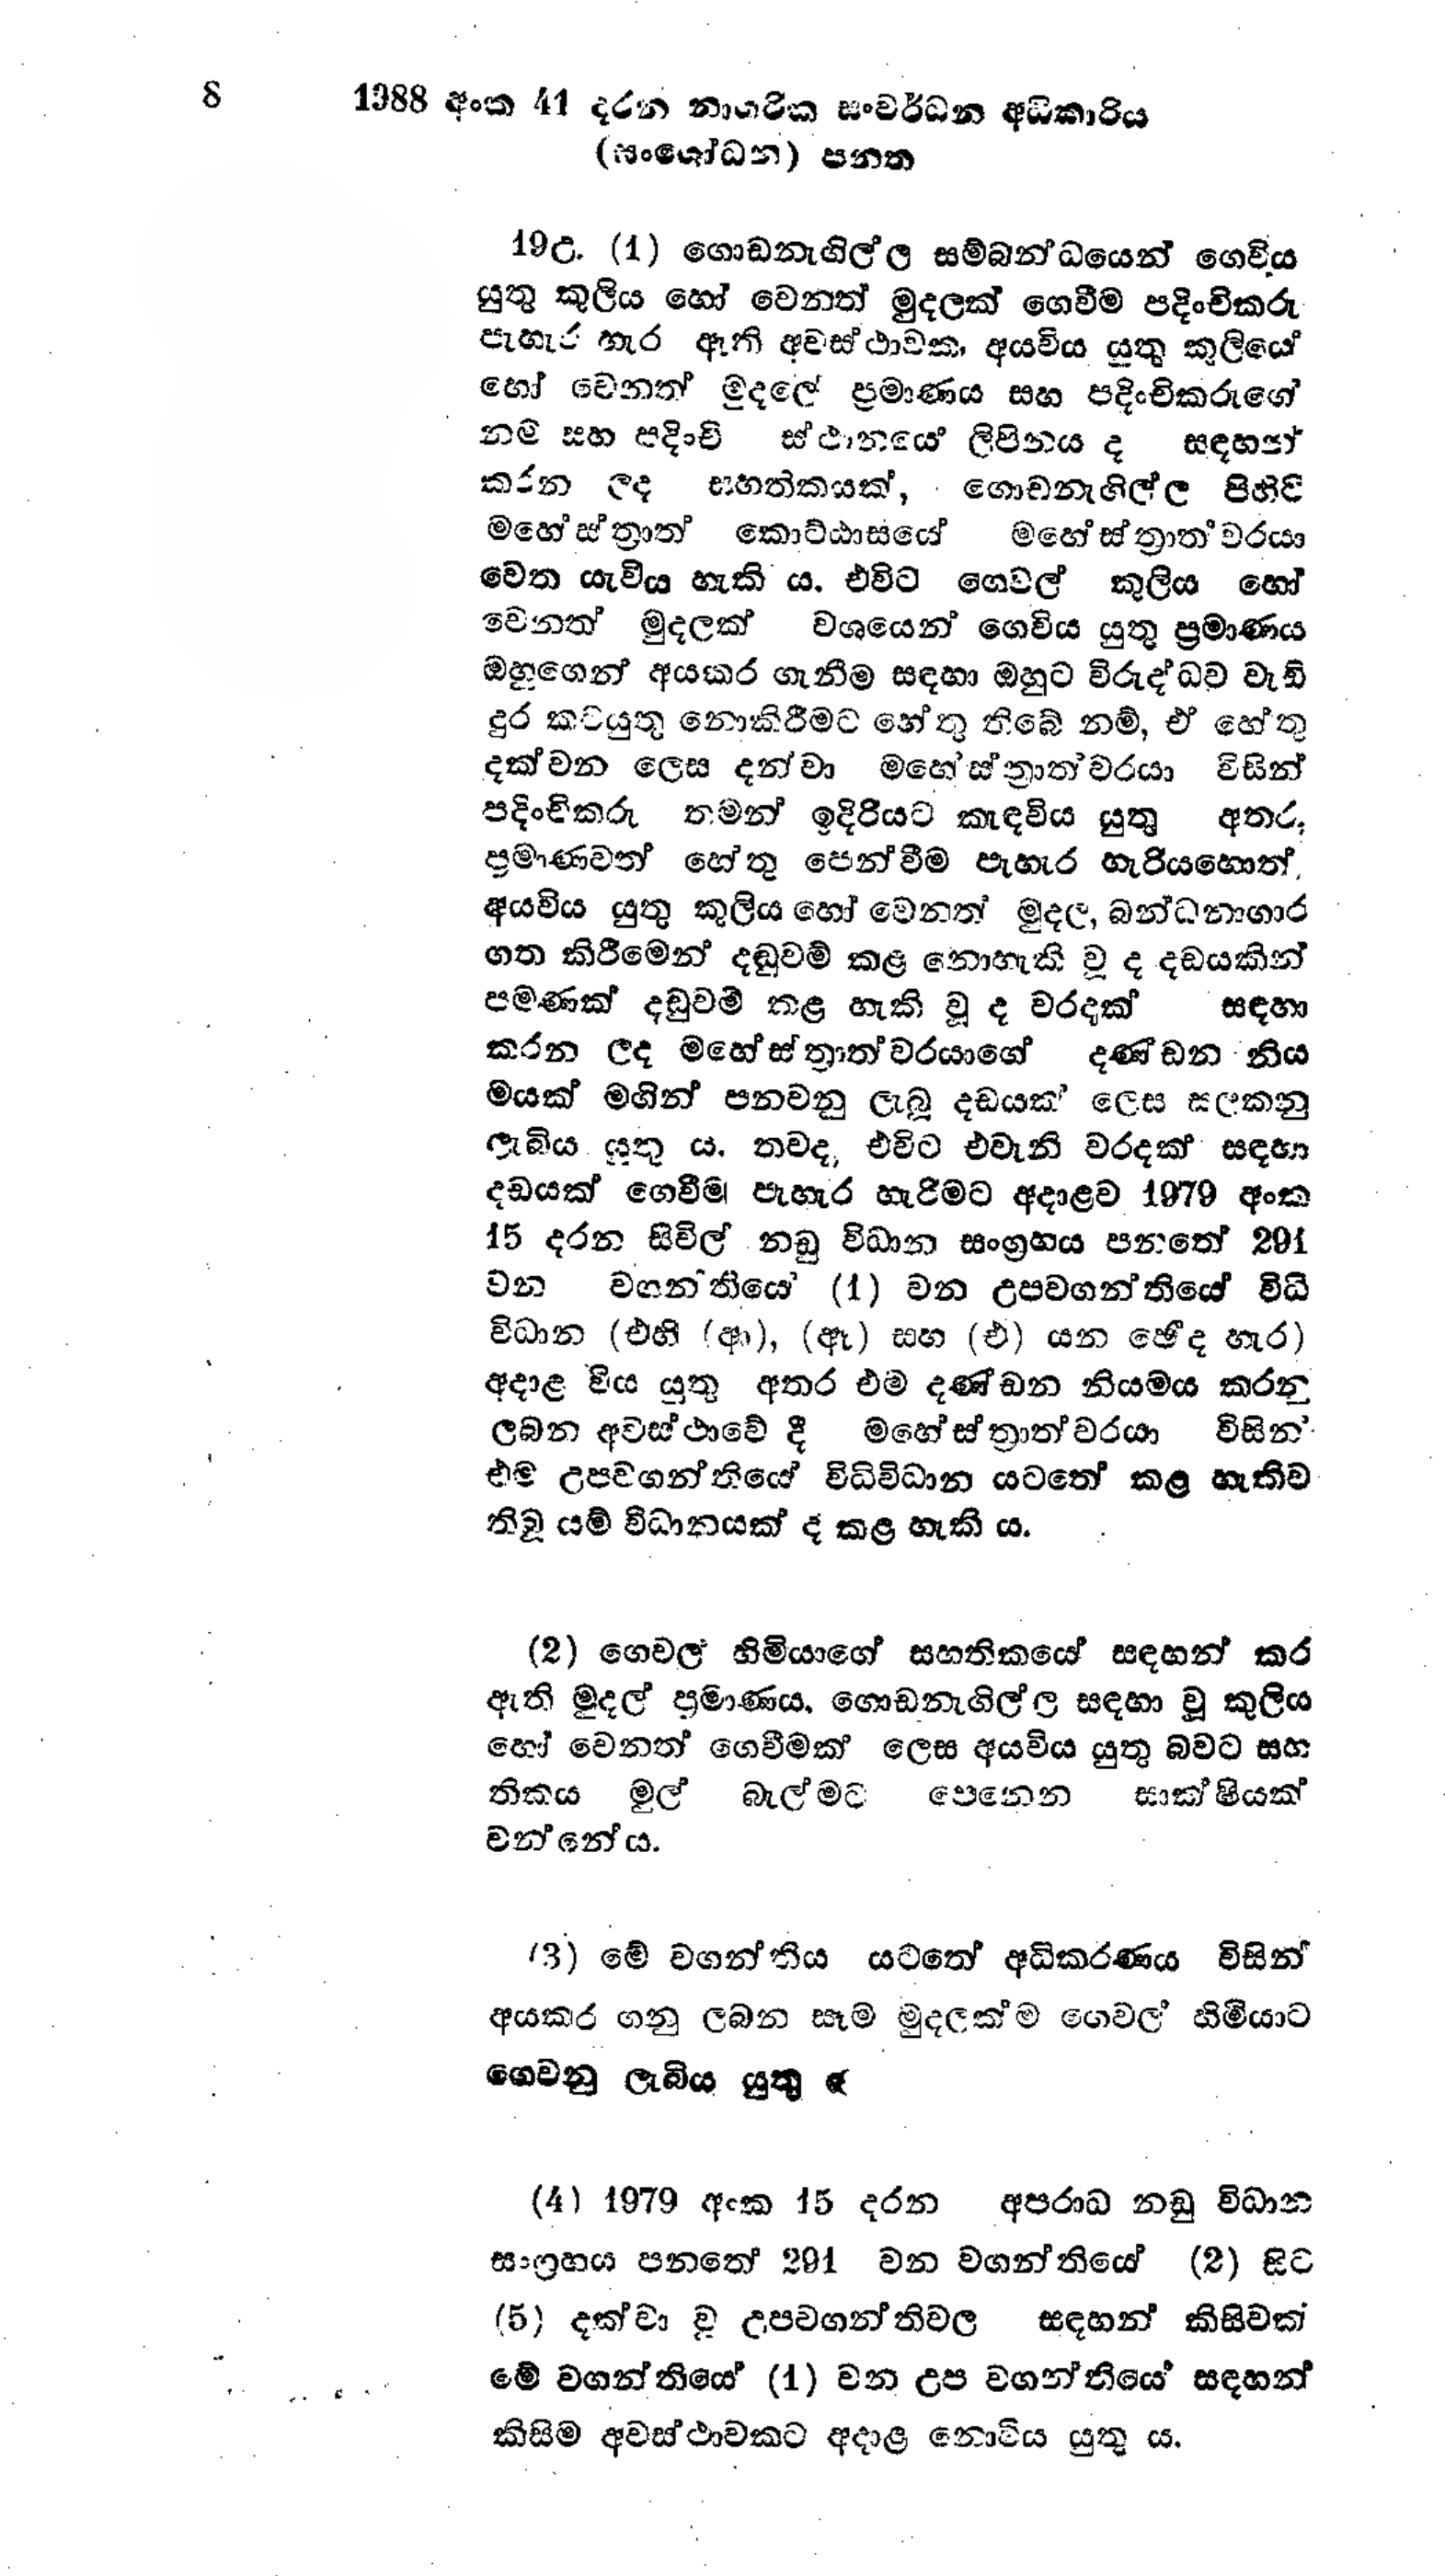
8 1988 අංක 41 දරන නාගරික සංවර්ධන අධිකාරිය
(සංශෝධන) පනත

19උ. (1) ගොඩනැගිල්ල සම්බන්ධයෙන් ගෙවිය
යුතු කුලිය හෝ වෙනත් මුදලක් ගෙවීම පදිංචිකරු
පැහැර හැර ඇති අවස්ථාවක, අයවිය යුතු කුලියේ
හෝ වෙනත් මුදලේ ප්‍රමාණය සහ පදිංචිකරුගේ
නම් සහ පදිංචි ස්ථානයේ ලිපිනය ද සඳහන්
කරන ලද සහතිකයක්, ගොඩනැගිල්ල පිහිටි
මහේස්ත්‍රාත් කොට්ඨාසයේ මහේස්ත්‍රාත්වරයා
වෙත යැවිය හැකි ය. එවිට ගෙවල් කුලිය හෝ හෝ
වෙනත් මුදලක් වශයෙන් ගෙවිය යුතු ප්‍රමාණය
ඔහුගෙන් අයකර ගැනීම සඳහා ඔහුට විරුද්ධව වැඩි
දුර කටයුතු නොකිරීමට හේතු තිබේ නම්, ඒ හේතු
දක්වන ලෙස දන්වා මහේස්ත්‍රාත්වරයා විසින්
පදිංචිකරු තමන් ඉදිරියට කැඳවිය යුතු අතර,
ප්‍රමාණවත් හේතු පෙන්වීම පැහැර හැරියහොත්
අයවිය යුතු කුලිය හෝ වෙනත් මුදල, බන්ධනාගාර
ගත කිරීමෙන් දඬුවම් කළ නොහැකි වූ ද දඩයකින්
පමණක් දඬුවම් කළ හැකි වූ ද වරදක් සඳහා
කරන ලද මහේස්ත්‍රාත්වරයාගේ දණ්ඩන නිය
මයක් මගින් පනවනු ලැබූ දඩයක් ලෙස සලකනු
ලැබිය යුතු ය. තවද, එවිට එවැනි වරදක් සඳහා
දඩයක් ගෙවීම් පැහැර හැරීමට අදාළව 1979 අංක
15 දරන සිවිල් නඩු විධාන සංග්‍රහය පනතේ 291
වන වශතියෙ (1) වන උපවගන්තියේ විධි
විධාන (එහි (ආ), (ඈ) සහ (එ) යන ඡේද හැර)
අදාළ විය යුතු අතර එම දණ්ඩන නියමය කරනු
ලබන අවස්ථාවේ දී මහේස්ත්‍රාත්වරයා විසින්
එම උපවගන්තියේ විධිවිධාන යටතේ කළ හැකිව
තිබූ යම් විධානයක් ද කළ හැකි ය.

(2) ගෙවල හිමියාගේ සහතිකයේ සඳහන් කර
ඇති මුදල් ප්‍රමාණය, ගොඩනැගිල්ල සඳහා වූ කුලිය
හෝ වෙනත් ගෙවීමක් ලෙස අයවිය යුතු බවට සහ
තිකය මුල් බැල්මට පෙනෙන සාක්ෂියක්
වන්නේය.

(3) මේ වගන්තිය යටතේ අධිකරණය විසින්
අයකර ගනු ලබන සෑම මුදලක්ම ගෙවල හිමියාට
ගෙවනු ලැබිය යුතු ‍ය

(4) 1979 අංක 15 දරන අපරාධ නඩු විධාන
සංග්‍රහය පනතේ 291 වන වගන්තියේ (2) සිට
(5) දක්වා වූ උපවගන්තිවල සඳහන් කිසිවක්
මේ වගන්තියේ (1) වන උප වගන්තියේ සඳහන්
කිසිම අවස්ථාවකට අදාළ නොවිය යුතු ය.